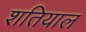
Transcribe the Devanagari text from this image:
शतियाल